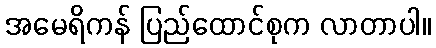
အမေရိကန် ပြည်ထောင်စုက လာတာပါ။